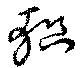
軹